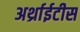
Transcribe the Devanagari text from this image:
अर्थ्राईटीस